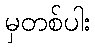
မှတစ်ပါး